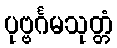
ပုဗ္ဗင်္ဂမသုတ္တံ